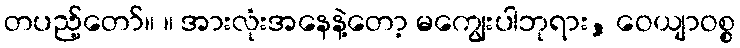
တပည့်တော်။ ။ အားလုံးအနေနဲ့တော့ မကျွေးပါဘုရား, ဝေယျာဝစ္စ